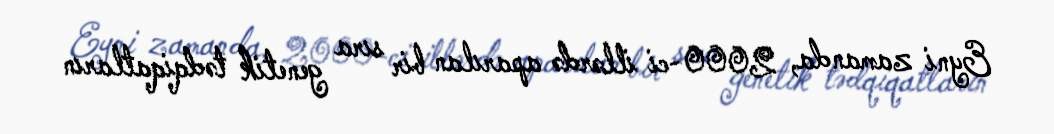
Eyni zamanda, 2000-ci illərdə aparılan bir sıra genetik tədqiqatların